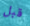
قبل